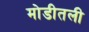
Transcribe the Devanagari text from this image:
मोडीतली